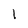
Character: l